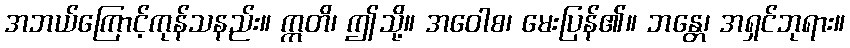
အဘယ်ကြောင့်ကုန်သနည်း။ ဣတိ၊ ဤသို့။ အဝေါစ၊ မေးပြန်၏။ ဘန္တေ၊ အရှင်ဘုရား။